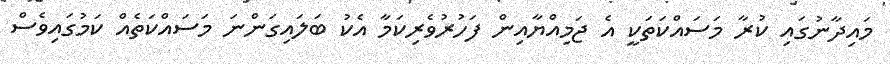
މައިދާނުގައި ކުރާ މަސައްކަތަކީ އެ ޖަމިއްޔާއިން ފަހުރުވެރިކަމާ އެކު ބަލައިގަންނަ މަސައްކަތެއް ކަމުގައިވެސް